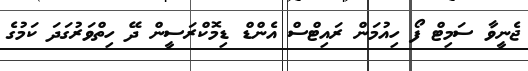
ޖެނީވާ ސަމިޓް ފޯ ހިއުމަން ރައިޓްސް އެންޑް ޑިމޮކްރަސީން ދޭ ހިތްވަރުގަދަ ކަމުގެ